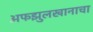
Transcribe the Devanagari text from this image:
अफझुलखानाचा